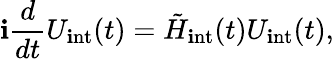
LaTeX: \mathbf{i}\frac{{d}}{{dt}}U_{\mathrm{{\mathbf{i}nt}}}(t)=\tilde{{H}}_{\mathrm{{\mathbf{i}nt}}}(t)U_{\mathrm{{\mathbf{i}nt}}}(t),